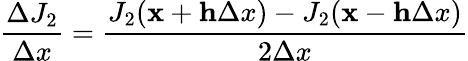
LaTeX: \frac{\Delta J_{2}}{\Delta x}=\frac{J_{2}(\mathbf x+\mathbf h\Delta x)-J_{2}(\mathbf x-\mathbf h\Delta x)}{2\Delta x}